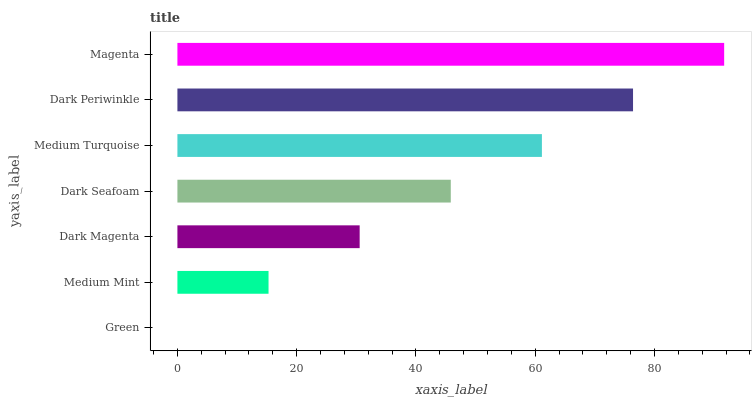
| yaxis_label | bars |
 | --- | --- |
 | Green | 0 |
 | Medium Mint | 15.3 |
 | Dark Magenta | 30.6 |
 | Dark Seafoam | 45.8 |
 | Medium Turquoise | 61.1 |
 | Dark Periwinkle | 76.4 |
 | Magenta | 91.7 |